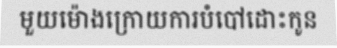
មួយម៉ោងក្រោយការបំបៅដោះកូន